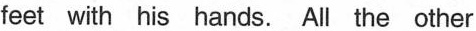
feet with his hands. All the other